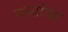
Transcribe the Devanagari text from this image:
नव्यांचा